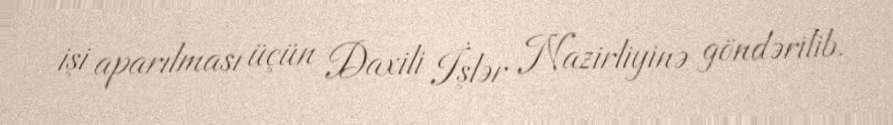
işi aparılması üçün Daxili İşlər Nazirliyinə göndərilib.